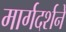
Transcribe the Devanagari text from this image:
मार्गदर्शने